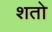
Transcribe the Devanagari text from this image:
शतो